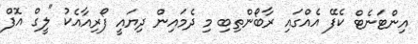
އިންޓަނެޓް ކެފޭ އެއްގައި ރާބޯންތިބި މި ދެމައިން ދިޔައީ ފޯރިއާއެކު "ލީގް އޮފް